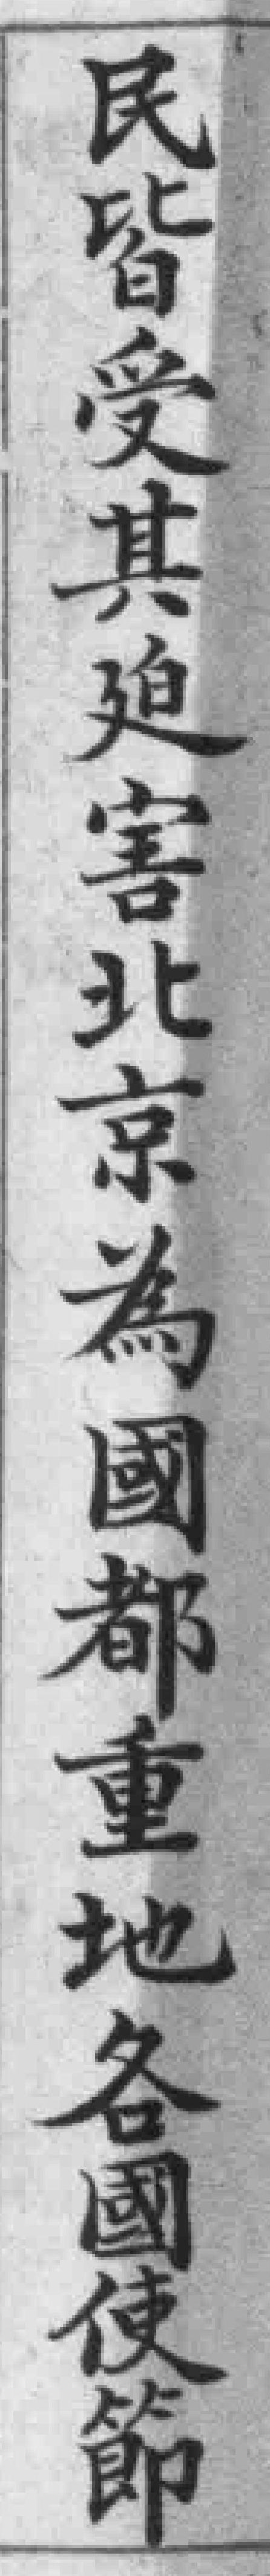
民皆受其廹害北京為國都重地各國使節